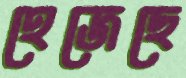
হেজেছে